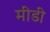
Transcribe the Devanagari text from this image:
मीडी